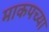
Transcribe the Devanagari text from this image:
माकपच्या